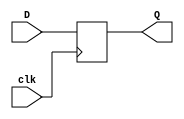
module DFF (
    input wire clk,
    input wire D,
    output reg Q
);

always @ (posedge clk)
    Q <= D;

endmodule